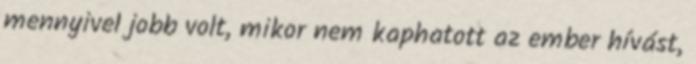
mennyivel jobb volt, mikor nem kaphatott az ember hívást,